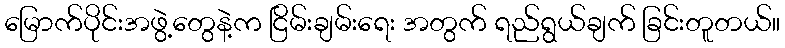
မြောက်ပိုင်းအဖွဲ့တွေနဲ့က ငြိမ်းချမ်းရေး အတွက် ရည်ရွယ်ချက် ခြင်းတူတယ်။